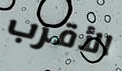
الأقرب